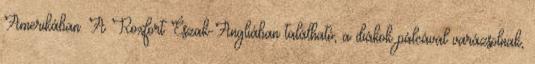
Amerikában. A Roxfort Észak-Angliában található, a diákok pálcával varázsolnak,